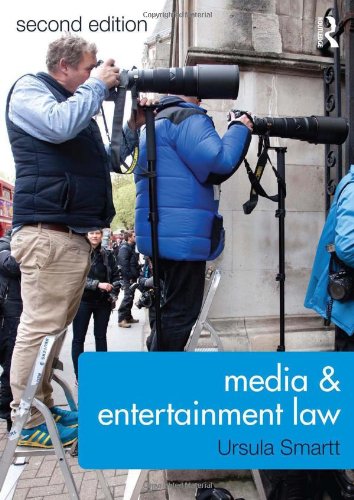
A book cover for Media & Entertainment Law; Ursula Smartt; Law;